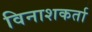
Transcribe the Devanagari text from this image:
विनाशकर्ता